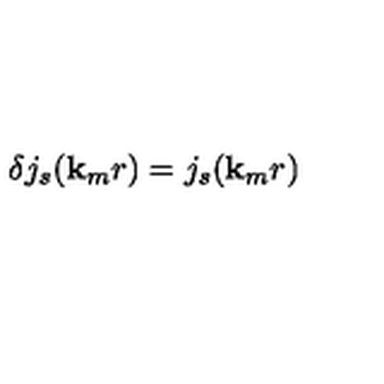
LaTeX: \delta j _ { s } ( { \bf { k } } _ { m } r ) = j _ { s } ( { \bf { k } } _ { m } r )